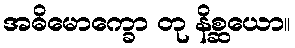
အဓိမောက္ခော တု နိစ္ဆယော။